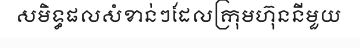
សមិទ្ធផលសំខាន់ៗដែលក្រុមហ៊ុននីមួយ